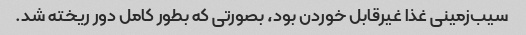
سیب‌زمینی غذا غیرقابل خوردن بود، بصورتی که بطور کامل دور ریخته شد.